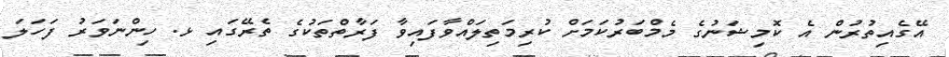
އޭގެއިތުރުން އެ ކޮމިޝަނުގެ މެމްބަރުކަމަށް ކުރިމަތިލައްވާފައިވާ ފަރާތްތަކުގެ ތެރޭގައި ޅ. ހިންނަވަރު ފަހަލަ